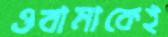
ওবামাকেই